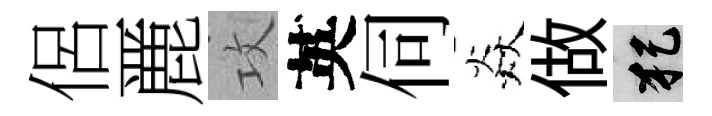
侶䴡攻英伺焱做犯